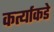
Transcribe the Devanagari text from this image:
कर्त्याकडे